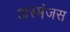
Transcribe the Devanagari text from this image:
अस्मंजस